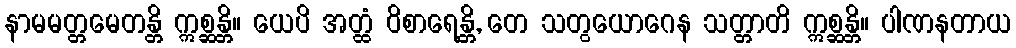
နာမမတ္တမေတန္တိ ဣစ္ဆန္တိ။ ယေပိ အတ္ထံ ဝိစာရေန္တိ, တေ သတွယောဂေန သတ္တာတိ ဣစ္ဆန္တိ။ ပါဏနတာယ